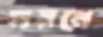
সয়নে